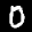
Label: 0